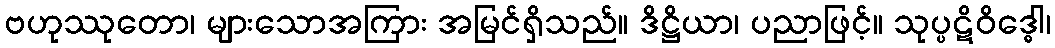
ဗဟုဿုတော၊ များသောအကြား အမြင်ရှိသည်။ ဒိဋ္ဌိယာ၊ ပညာဖြင့်။ သုပ္ပဋိဝိဒ္ဓေါ၊